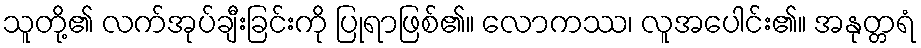
သူတို့၏ လက်အုပ်ချီးခြင်းကို ပြုရာဖြစ်၏။ လောကဿ၊ လူအပေါင်း၏။ အနုတ္တရံ